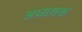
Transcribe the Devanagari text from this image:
अध्ययक्ष